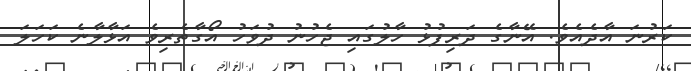
ކަރުނަ އާދެއެވެ. އޭނާގެ ދަރިފުޅު ހާލުގައި ޖެހުނު ދުވަހު އޯގާތެރިވެ އަޅާލާނެ ކަހަލަ